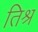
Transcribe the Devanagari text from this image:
तिश्र